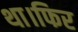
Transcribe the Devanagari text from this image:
था।फिर